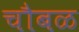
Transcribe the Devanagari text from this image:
चौबळ